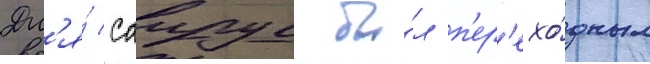
Дл'я́ саирус бы́л п'ер'ехо́дным